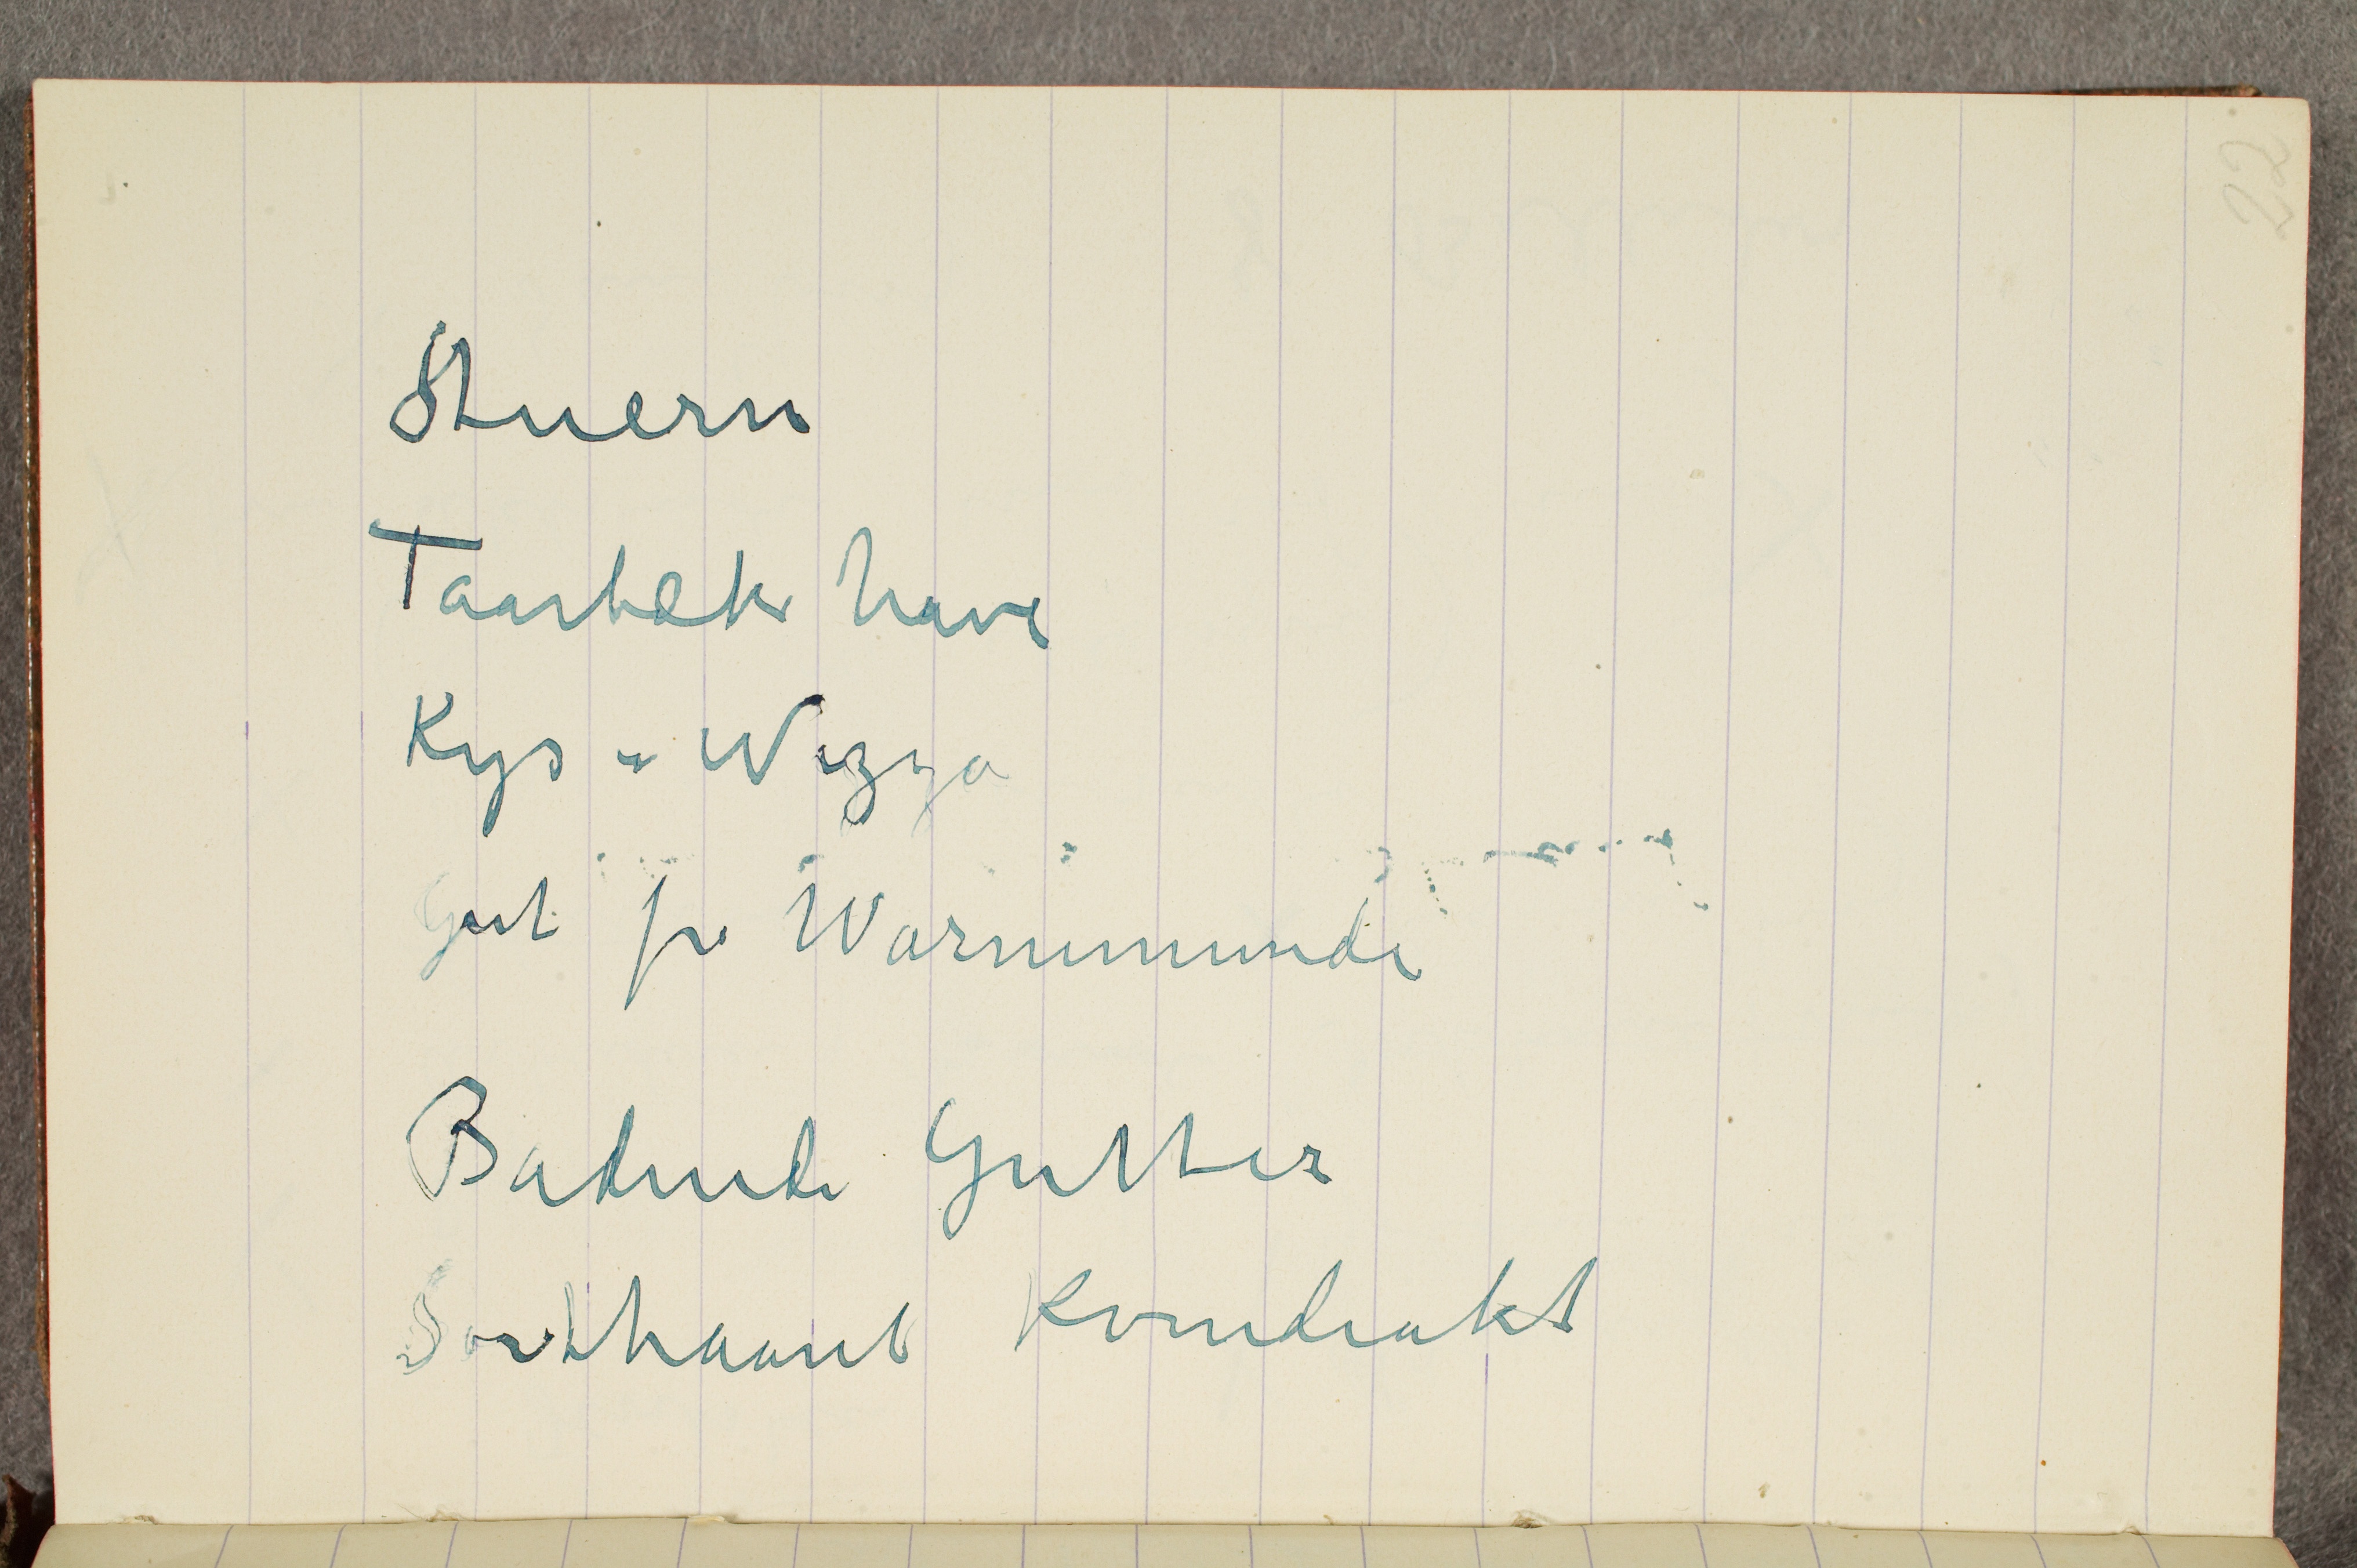
Stueru
Taarbæk have
Kys i Nizza
Gut fra Warnemünde
Badende Gutter
Sorthaaret Kvindeakt